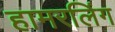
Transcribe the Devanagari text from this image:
हामरलिंग